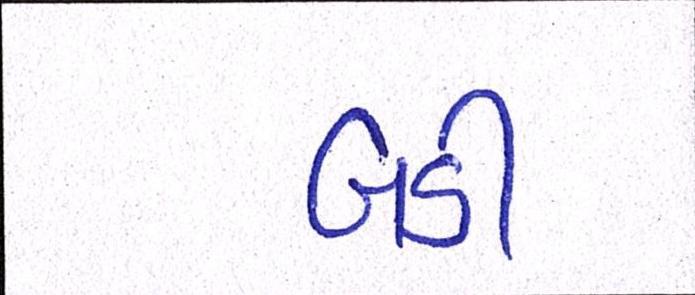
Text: બડી